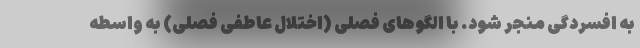
به افسردگی منجر شود. با الگوهای فصلی (اختلال عاطفی فصلی) به واسطه